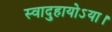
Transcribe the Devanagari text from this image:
स्वादुहायोऽया।